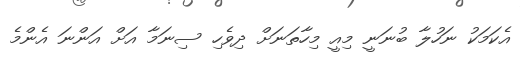
އެކަމަކު ނަހުލާ ބުނަނީ މިއީ މިހާތަނަށް ދިވެހި ސިނަމާ އަށް އަންނަ އެންމެ